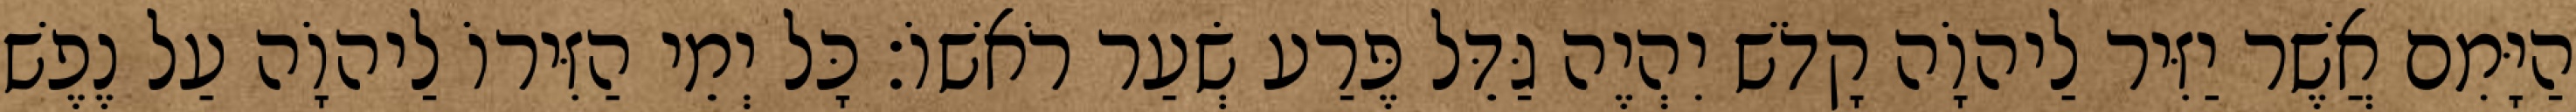
הַיָּמִם אֲשֶׁר יַזִּיר לַיהוָֹה קָדֹשׁ יִהְיֶה גַּדֵּל פֶּרַע שְׂעַר רֹאשׁוֹ׃ כָּל יְמֵי הַזִּירוֹ לַיהוָֹה עַל נֶפֶשׁ